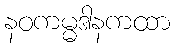
နဝကမ္မဒါနကထာ